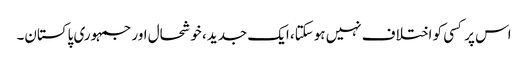
اس پر کسی کو اختلاف نہیں ہوسکتا، ایک جدید، خوشحال اور جمہوری پاکستان۔